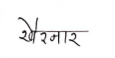
मजकूर: खैरनार